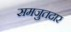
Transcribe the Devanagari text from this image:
समजुतदार